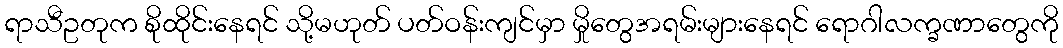
ရာသီဥတုက စိုထိုင်းနေရင် သို့မဟုတ် ပတ်ဝန်းကျင်မှာ မှိုတွေအရမ်းများနေရင် ရောဂါလက္ခဏာတွေကို